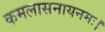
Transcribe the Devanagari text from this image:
कमलासनायनमः।